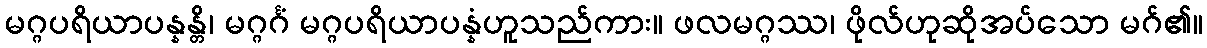
မဂ္ဂပရိယာပန္နန္တိ၊ မဂ္ဂင်္ဂံ မဂ္ဂပရိယာပန္နံဟူသည်ကား။ ဖလမဂ္ဂဿ၊ ဖိုလ်ဟုဆိုအပ်သော မဂ်၏။